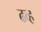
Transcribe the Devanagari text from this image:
ढव्ह